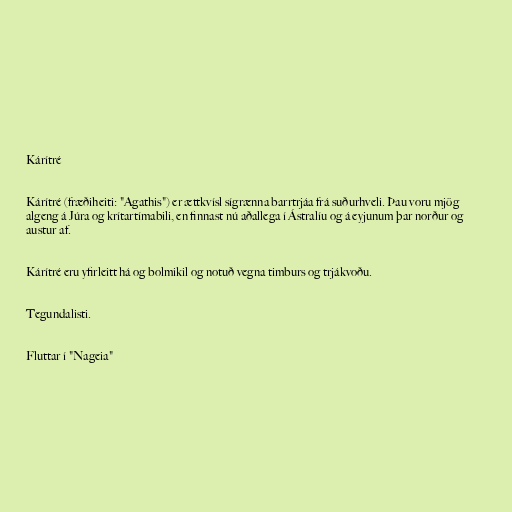
Kárítré

Kárítré (fræðiheiti: "Agathis") er ættkvísl sígrænna barrtrjáa frá suðurhveli. Þau voru mjög
algeng á Júra og krítartímabili, en finnast nú aðallega í Ástralíu og á eyjunum þar norður og
austur af.

Kárítré eru yfirleitt há og bolmikil og notuð vegna timburs og trjákvoðu.

Tegundalisti.

Fluttar í "Nageia"